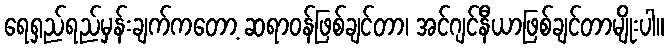
ရေရှည်ရည်မှန်းချက်ကတော့ ဆရာဝန်ဖြစ်ချင်တာ၊ အင်ဂျင်နီယာဖြစ်ချင်တာမျိုးပါ။